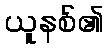
ယူနစ်၏